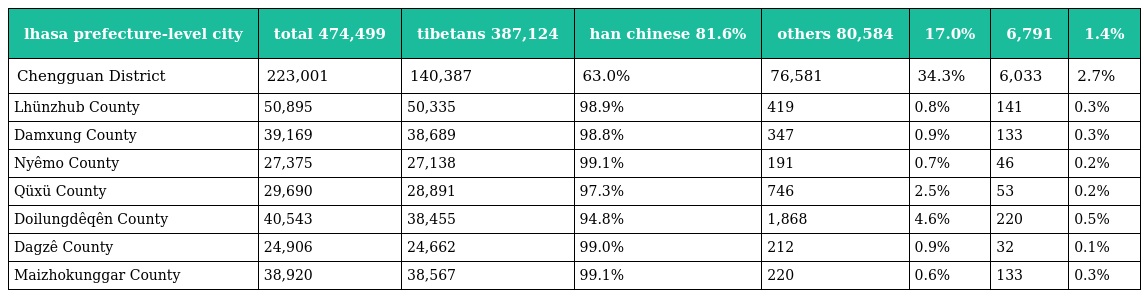
| lhasa prefecture-level city | total 474,499 | tibetans 387,124 | han chinese 81.6% | others 80,584 | 17.0% | 6,791 | 1.4% |
 | --- | --- | --- | --- | --- | --- | --- | --- |
 | Chengguan District | 223,001 | 140,387 | 63.0% | 76,581 | 34.3% | 6,033 | 2.7% |
 | Lhünzhub County | 50,895 | 50,335 | 98.9% | 419 | 0.8% | 141 | 0.3% |
 | Damxung County | 39,169 | 38,689 | 98.8% | 347 | 0.9% | 133 | 0.3% |
 | Nyêmo County | 27,375 | 27,138 | 99.1% | 191 | 0.7% | 46 | 0.2% |
 | Qüxü County | 29,690 | 28,891 | 97.3% | 746 | 2.5% | 53 | 0.2% |
 | Doilungdêqên County | 40,543 | 38,455 | 94.8% | 1,868 | 4.6% | 220 | 0.5% |
 | Dagzê County | 24,906 | 24,662 | 99.0% | 212 | 0.9% | 32 | 0.1% |
 | Maizhokunggar County | 38,920 | 38,567 | 99.1% | 220 | 0.6% | 133 | 0.3% |